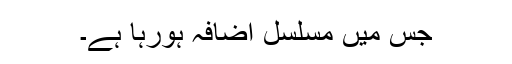
جس میں مسلسل اضافہ ہورہا ہے۔